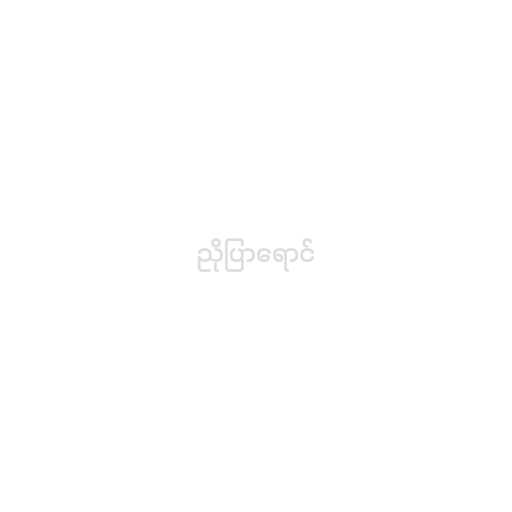
ညိုပြာရောင်